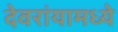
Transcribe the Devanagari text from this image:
देवरांयामध्ये